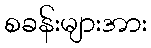
စခန်းများအား